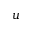
u